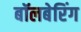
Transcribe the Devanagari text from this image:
बॉलबेरिंग